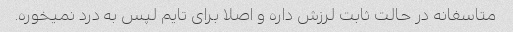
متاسفانه در حالت ثابت لرزش داره و اصلا برای تایم لپس به درد نمیخوره.